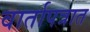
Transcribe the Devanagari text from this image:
वार्तापत्रात